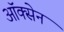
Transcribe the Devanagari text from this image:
ऑक्सेन